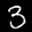
Label: 3